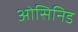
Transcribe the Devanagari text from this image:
ओसिनिड